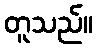
တူသည်။